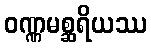
ဝဏ္ဏမစ္ဆရိယဿ